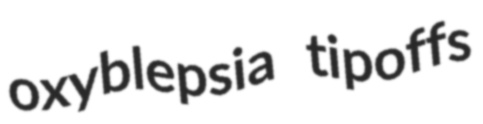
oxyblepsia tipoffs